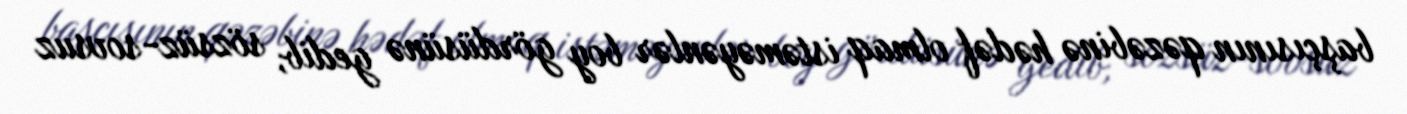
başçısının qəzəbinə hədəf olmaq istəməyənlər boy gördüsünə gedib, sözsüz-sovsuz